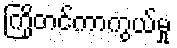
ကြိုတင်ကာကွယ်မှု